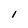
Character: I